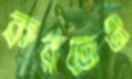
করতেও